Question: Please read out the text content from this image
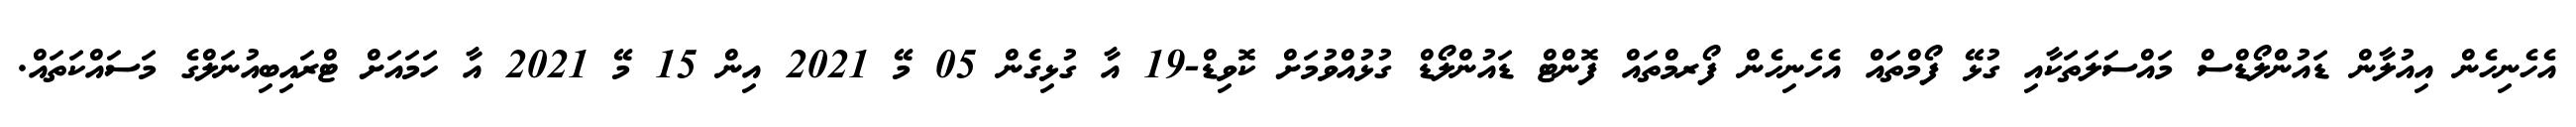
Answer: އެހެނިހެން އިއުލާން ޑައުންލޯޑްސް މައްސަލަތަކާއި ގުޅޭ ފޯމްތައް އެހެނިހެން ފޯރމްތައް ފޮންޓް ޑައުންލޯޑް ގުޅުއްވުމަށް ކޮވިޑް-19 އާ ގުޅިގެން 05 މޭ 2021 އިން 15 މޭ 2021 އާ ހަމައަށް ޓްރައިބިއުނަލްގެ މަސައްކަތައް.